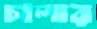
চালার